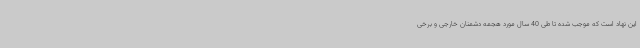
این نهاد است که موجب شده تا طی 40 سال مورد هجمه دشمنان خارجی و برخی